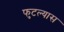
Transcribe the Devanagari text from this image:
फुटल्यास